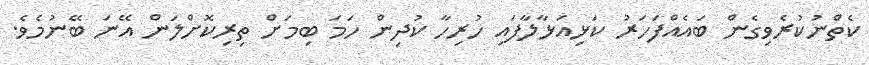
ކެތްނުކުރެވިގެން ބައެއްފަހަރު ކަޅިއަޅާލާފައި ހުރިހާ ކުދިން ހަމަ ބިމަށް ތިރިކޮށްލަން އޭނަ ބޭނުމެވެ.